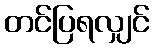
တင်ပြရလျှင်